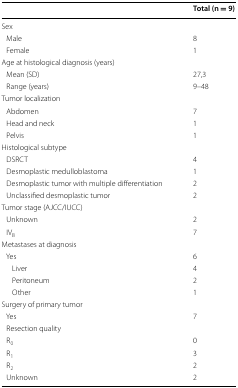
<table><thead><tr><td></td><td><b>Total (n = 9)</b></td></tr></thead><tbody><tr><td colspan="2">Sex</td></tr><tr><td> Male</td><td>8</td></tr><tr><td> Female</td><td>1</td></tr><tr><td colspan="2">Age at histological diagnosis (years)</td></tr><tr><td> Mean (SD)</td><td>27,3</td></tr><tr><td> Range (years)</td><td>9–48</td></tr><tr><td colspan="2">Tumor localization</td></tr><tr><td> Abdomen</td><td>7</td></tr><tr><td> Head and neck</td><td>1</td></tr><tr><td> Pelvis</td><td>1</td></tr><tr><td colspan="2">Histological subtype</td></tr><tr><td> DSRCT</td><td>4</td></tr><tr><td> Desmoplastic medulloblastoma</td><td>1</td></tr><tr><td> Desmoplastic tumor with multiple differentiation</td><td>2</td></tr><tr><td> Unclassified desmoplastic tumor</td><td>2</td></tr><tr><td colspan="2">Tumor stage (AJCC/IUCC)</td></tr><tr><td> Unknown</td><td>2</td></tr><tr><td> IV<sub>B</sub></td><td>7</td></tr><tr><td colspan="2">Metastases at diagnosis</td></tr><tr><td> Yes</td><td>6</td></tr><tr><td>Liver</td><td>4</td></tr><tr><td>Peritoneum</td><td>2</td></tr><tr><td>Other</td><td>1</td></tr><tr><td colspan="2">Surgery of primary tumor</td></tr><tr><td> Yes</td><td>7</td></tr><tr><td> Resection quality</td><td></td></tr><tr><td> R<sub>0</sub></td><td>0</td></tr><tr><td> R<sub>1</sub></td><td>3</td></tr><tr><td> R<sub>2</sub></td><td>2</td></tr><tr><td> Unknown</td><td>2</td></tr></tbody></table>